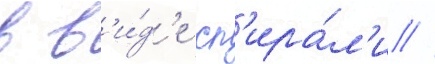
в в'и́д'е сп'ира́л'и //